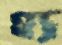
হ্য